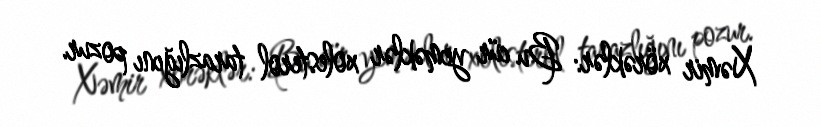
Xəmir xörəklər: Bu cür yeməklər xolesterol tarazlığını pozur.